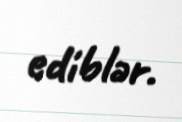
ediblər.